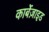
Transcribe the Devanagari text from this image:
कार्बेज़ाइड